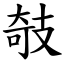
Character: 攲